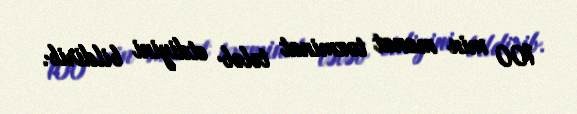
100 min manat təzminat tələb etdiyini bildirib.